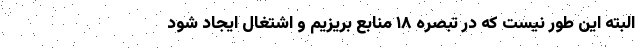
البته این طور نیست که در تبصره ۱۸ منابع بریزیم و اشتغال ایجاد شود